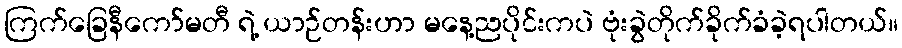
ကြက်ခြေနီကော်မတီ ရဲ့ ယာဉ်တန်းဟာ မနေ့ညပိုင်းကပဲ ဗုံးခွဲတိုက်ခိုက်ခံခဲ့ရပါတယ်။